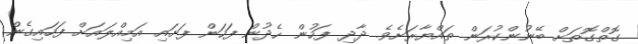
ގޮތްގޮތަށް ބޭނުންކުރަން ތައްޔާރަށެވެ. ދާދި ފަހުން ހެދުން ފަހަން ފަށައި އަމިއްލައަށް ފަހައިގެން